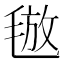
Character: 𣮙